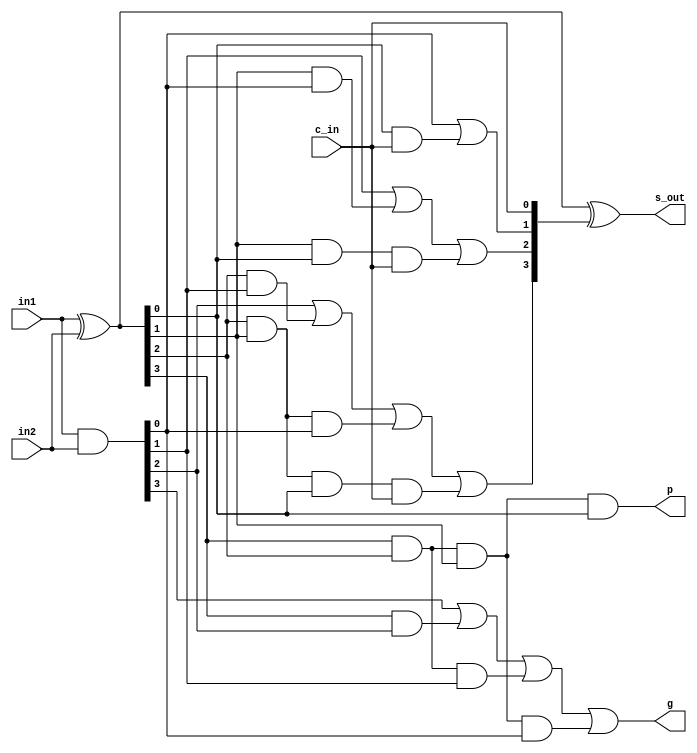
module CLA_4_bit_augment(
	input[3:0] in1,
	input[3:0] in2,
	input c_in,
	output [3:0] s_out,
	output p,
	output g
    );
	 
	 wire [3:0] G,P, c_temp;
	 
	 assign G = in1 & in2;
	 assign P = in1 ^ in2;
	 
	 assign c_temp[0] = c_in;
	 assign c_temp[1] = G[0] | (P[0] & c_temp[0]);
	 assign c_temp[2] = G[1] | (P[1] & G[0]) | (P[1] & P[0] & c_temp[0]);
	 assign c_temp[3] = G[2] | (P[2] & G[1]) | (P[2] & P[1] & G[0]) | (P[2] & P[1] & P[0] & c_temp[0]);
	 
	 assign s_out = P ^ c_temp;
	 
	 assign p = P[3] & P[2] & P[1] & P[0];
	 assign g = G[3] | (P[3] & G[2]) | (P[3] & P[2] & G[1]) | (P[3] & P[2] & P[1] & G[0]);


endmodule